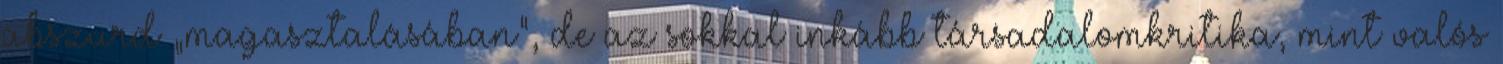
abszurd „magasztalásában”, de az sokkal inkább társadalomkritika, mint valós